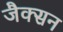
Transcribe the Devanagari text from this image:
जैक्‍सन